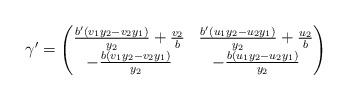
\begin{align*} \gamma' = \begin{pmatrix} \frac{b' ( v_1 y_2 - v_2 y_1)}{y_2} + \frac{v_2}{b} & \frac{b' ( u_1 y_2 - u_2 y_1)}{y_2} + \frac{u_2}{b}\\ - \frac{b ( v_1 y_2 - v_2 y_1)}{y_2} & - \frac{b ( u_1 y_2 - u_2 y_1)}{y_2} \end{pmatrix} \end{align*}